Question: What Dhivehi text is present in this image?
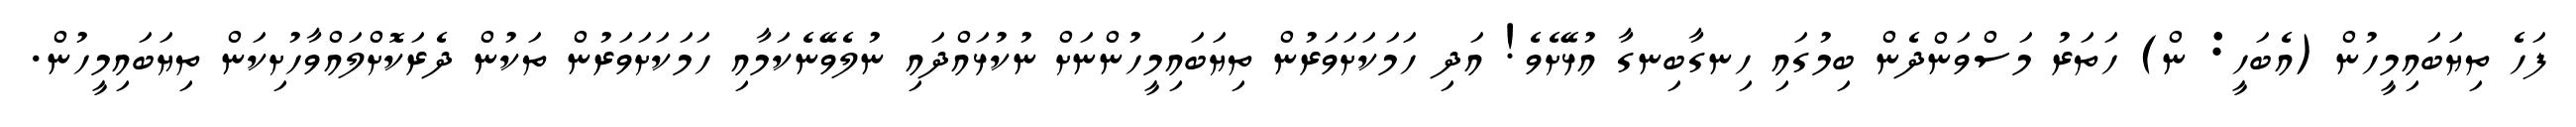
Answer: ފަހެ ތިޔަބައިމީހުން (އެބަހީ: ން) ހަތަރު މަސްވަންދެން ބިމުގައި ހިނގާބިނގާ އުޅޭށެވެ! އަދި ހަމަކަށަވަރުން ތިޔަބައިމީހުންނަށް ނުކުޅައްދައި ނުލެވޭނެކަމާއި ހަމަކަށަވަރުން ތަކުން ދެރަކޮށްލައްވާހުށިކަން ތިޔަބައިމީހުން.